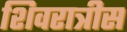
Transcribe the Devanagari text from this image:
शिवरात्रीस